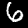
Digit: 6